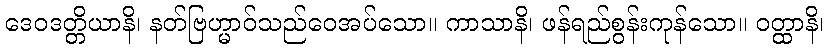
ဒေဝဒတ္တိယာနိ၊ နတ်ဗြဟ္မာဝ်သည်ဝေအပ်သော။ ကာသာနိ၊ ဖန်ရည်စွန်းကုန်သော။ ဝတ္ထာနိ၊